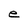
Character: e